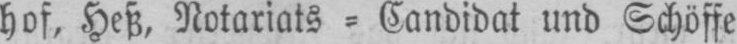
hof, Heß, Notariats⸗Candidat und Schöffe